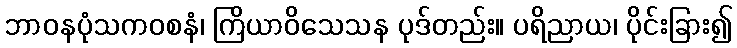
ဘာဝနပုံသကဝစနံ၊ ကြိယာဝိသေသန ပုဒ်တည်း။ ပရိညာယ၊ ပိုင်းခြား၍